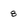
Character: 8